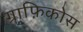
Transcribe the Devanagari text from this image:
ग्राफ़िकोस